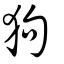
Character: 狗